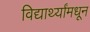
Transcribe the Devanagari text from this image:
विद्यार्थ्यांमधून